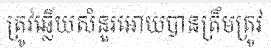
ត្រូវឆ្លើយសំនួរអោយបានត្រឹមត្រូវ